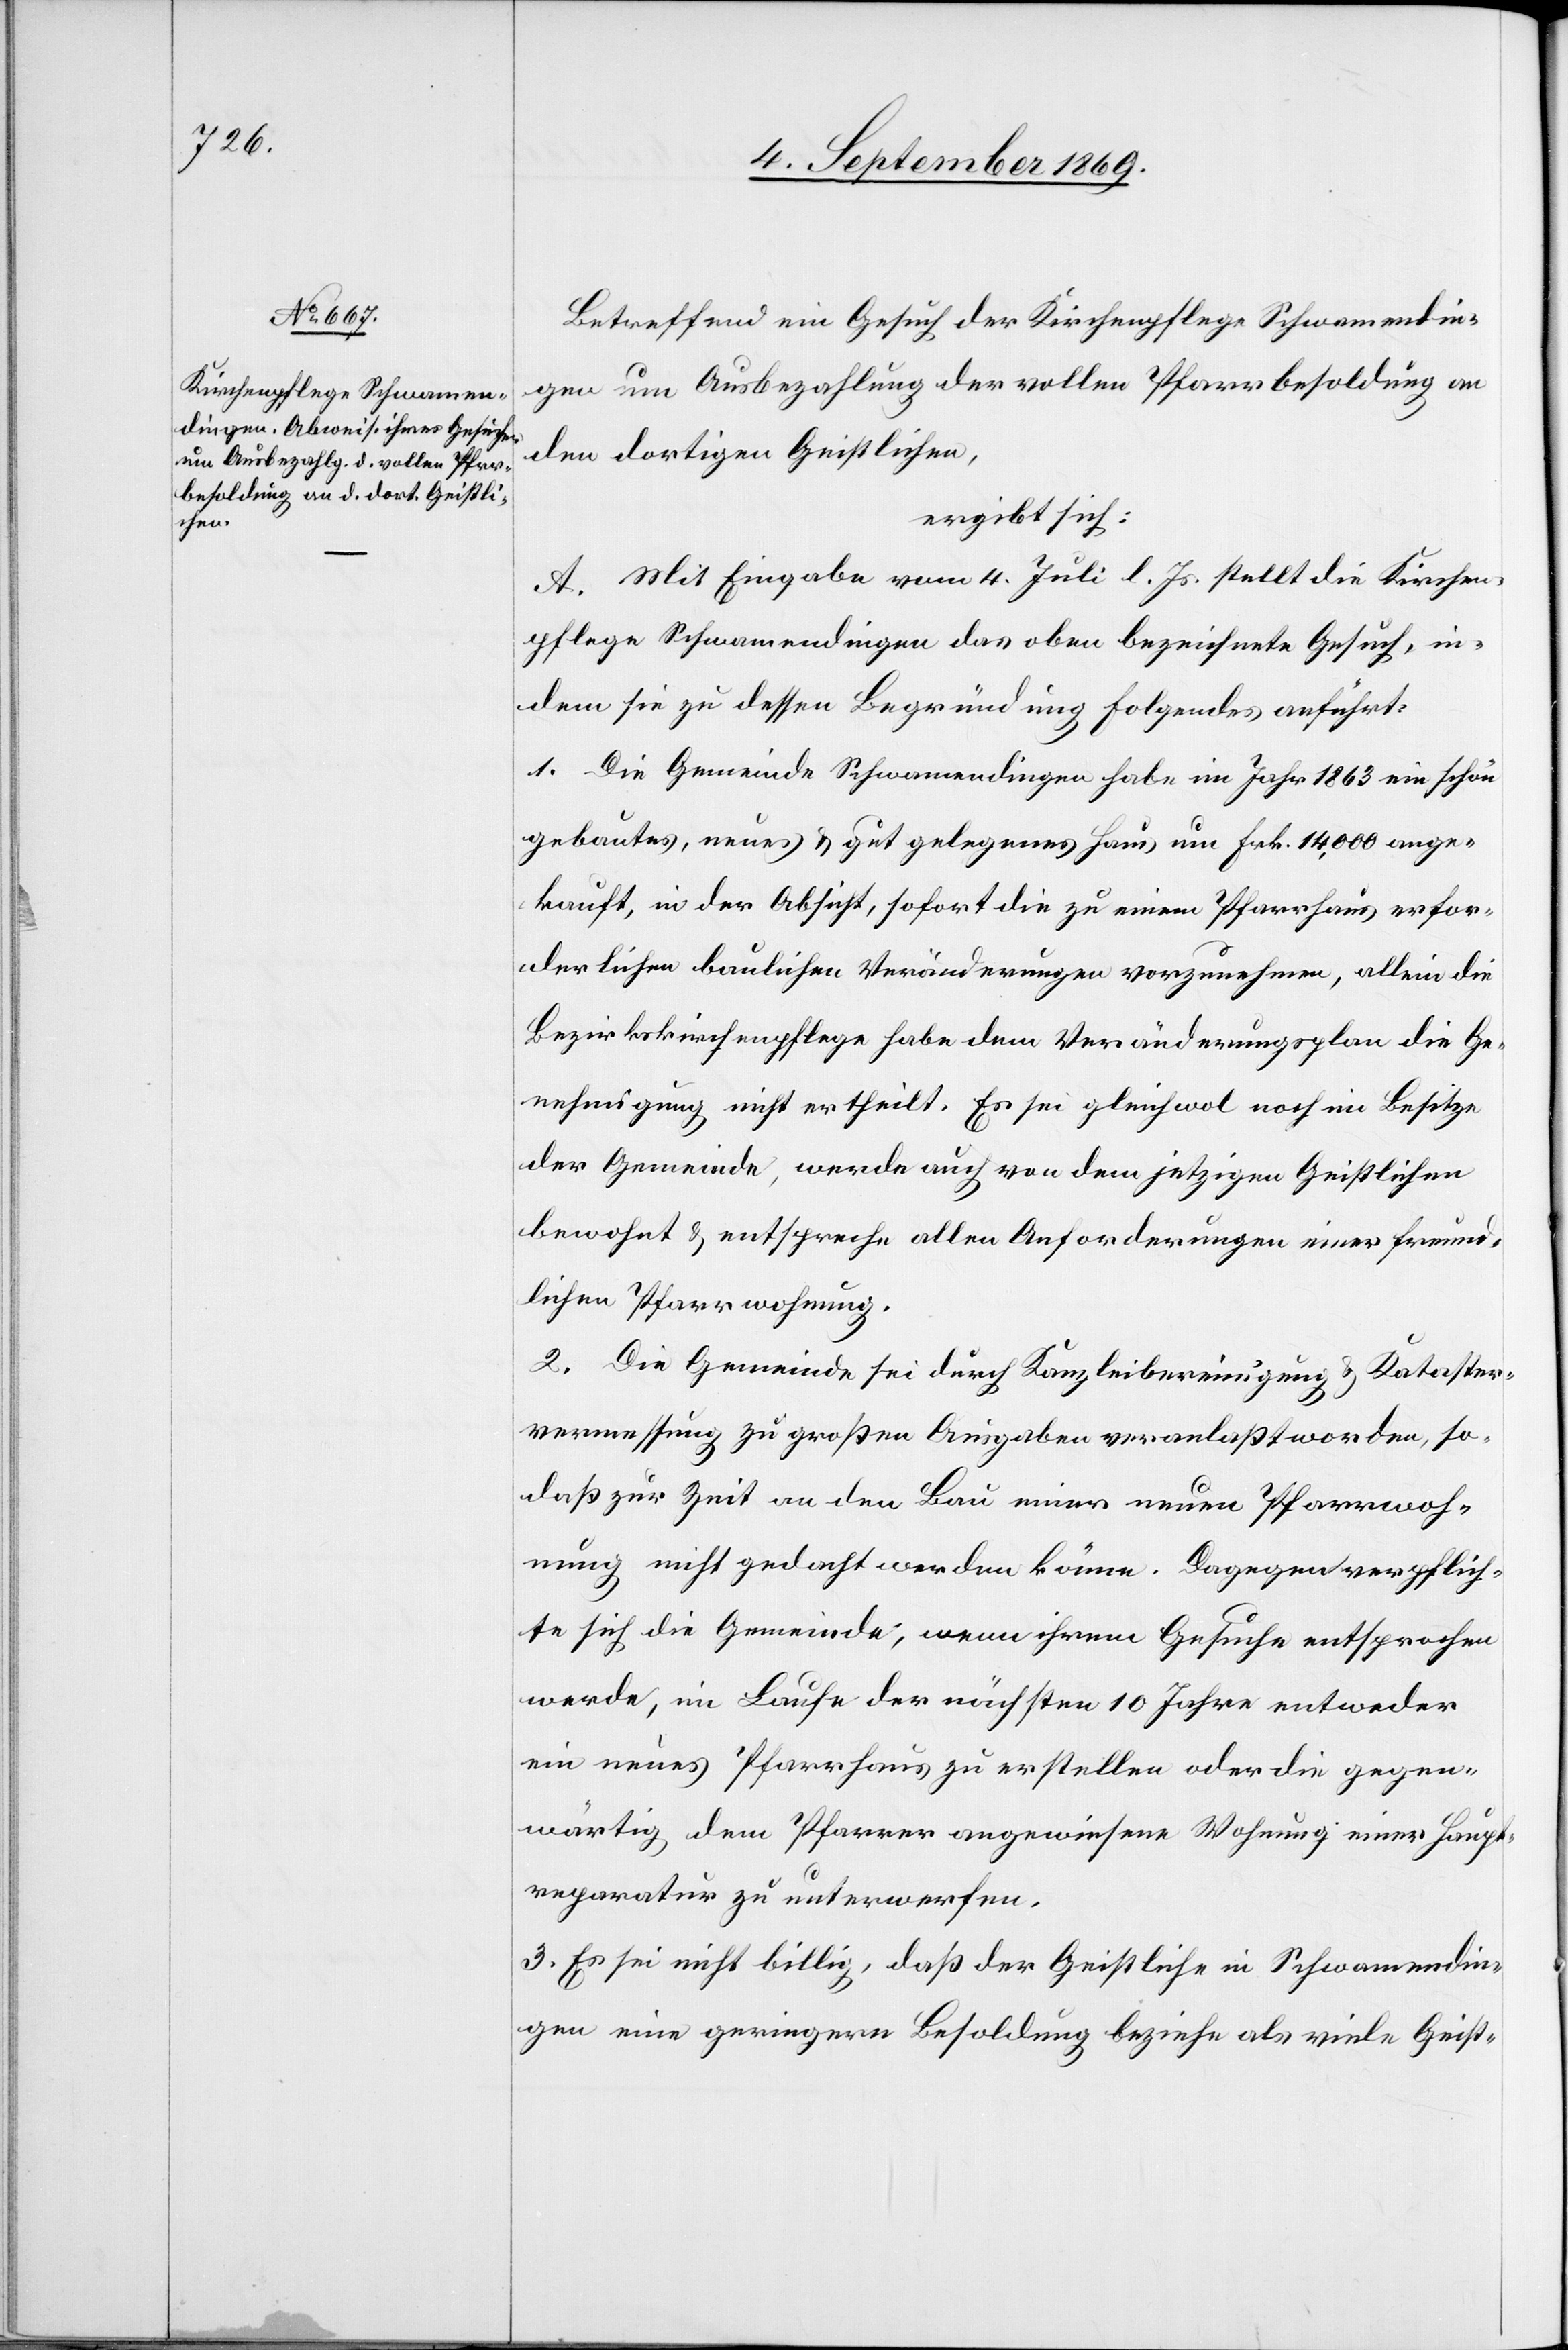
Betreffend ein Gesuch der Kirchenpflege Schwamendin¬
gen um Ausbezahlung der vollen Pfarrbesoldung an
den dortigen Geistlichen,
ergibt sich:
A. Mit Eingabe vom 4. Juli l. Js. stellt die Kirchen¬
pflege Schwamendingen das oben bezeichnete Gesuch, in¬
dem sie zu dessen Begründung Folgendes anführt:
1. Die Gemeinde Schwamendingen habe im Jahr 1863 ein schön
gebautes, neues & gut gelegenes Haus um Frk. 14,000 ange¬
kauft, in der Absicht, sofort die zu einem Pfarrhaus erfor¬
derlichen baulichen Veränderungen vorzunehmen, allein die
Bezirkskirchenpflege habe dem Veränderungsplan die Ge¬
nehmigung nicht ertheilt. Es sei gleichwol noch im Besitze
der Gemeinde, werde auch von dem jetzigen Geistlichen
bewohnt & entspreche allen Anforderungen einer freund¬
lichen Pfarrwohnung.
2. Die Gemeinde sei durch Kanzleibereinigung & Kataster¬
vermessung zu großen Ausgaben veranlaßt worden, so¬
daß zur Zeit an den Bau einer neuen Pfarrwoh¬
nung nicht gedacht werden könne. Dagegen verpflich¬
te sich die Gemeinde, wenn ihrem Gesuche entsprochen
werde, im Laufe der nächsten 10 Jahre entweder
ein neues Pfarrhaus zu erstellen oder die gegen¬
wärtig dem Pfarrer angewiesene Wohnung einer Haupt¬
reparatur zu unterwerfen.
3. Es sei nicht billig, daß der Geistliche in Schwamendin¬
gen eine geringere Besoldung beziehe als viele Geist-